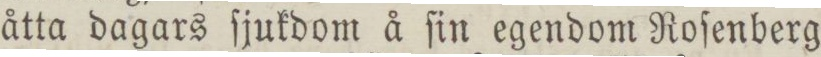
åtta dagars ſjukdom å ſin egendom Roſenberg